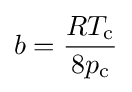
b={\frac {RT_{\text{c}}}{8p_{\text{c}}}}